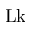
\mathrm { L k }